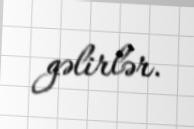
gəlirlər.